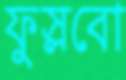
ফুস্‌লবো